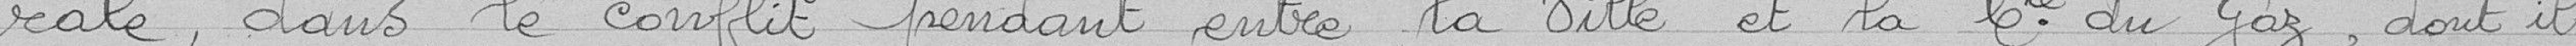
rale, dans le conflit pendant entre la Ville et la Compagnie du Gaz, dont il